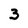
Character: 3